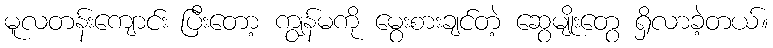
မူလတန်းကျောင်း ပြီးတော့ ကျွန်မကို မွေးစားချင်တဲ့ ဆွေမျိုးတွေ ရှိလာခဲ့တယ်။